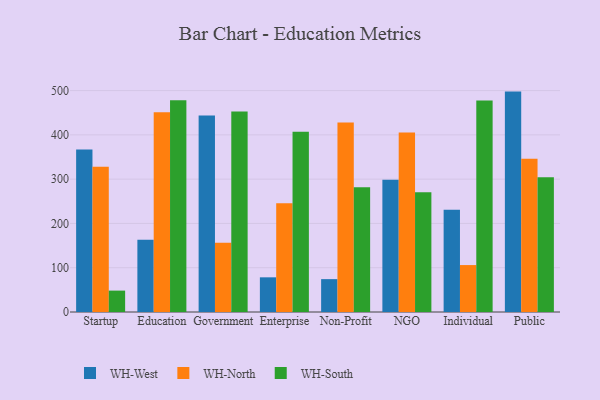
{"axis": {"x": "Segment", "y": "Shipments"}, "legend": ["WH-North", "WH-South", "WH-West"], "data": [{"x": "Startup", "y": 367.0, "type": "WH-West"}, {"x": "Startup", "y": 327.8, "type": "WH-North"}, {"x": "Startup", "y": 48.3, "type": "WH-South"}, {"x": "Education", "y": 162.9, "type": "WH-West"}, {"x": "Education", "y": 451.2, "type": "WH-North"}, {"x": "Education", "y": 478.2, "type": "WH-South"}, {"x": "Government", "y": 444.0, "type": "WH-West"}, {"x": "Government", "y": 156.5, "type": "WH-North"}, {"x": "Government", "y": 452.8, "type": "WH-South"}, {"x": "Enterprise", "y": 78.3, "type": "WH-West"}, {"x": "Enterprise", "y": 245.6, "type": "WH-North"}, {"x": "Enterprise", "y": 407.0, "type": "WH-South"}, {"x": "Non-Profit", "y": 74.2, "type": "WH-West"}, {"x": "Non-Profit", "y": 427.7, "type": "WH-North"}, {"x": "Non-Profit", "y": 281.5, "type": "WH-South"}, {"x": "NGO", "y": 298.6, "type": "WH-West"}, {"x": "NGO", "y": 405.6, "type": "WH-North"}, {"x": "NGO", "y": 270.4, "type": "WH-South"}, {"x": "Individual", "y": 230.7, "type": "WH-West"}, {"x": "Individual", "y": 106.0, "type": "WH-North"}, {"x": "Individual", "y": 477.4, "type": "WH-South"}, {"x": "Public", "y": 497.7, "type": "WH-West"}, {"x": "Public", "y": 346.3, "type": "WH-North"}, {"x": "Public", "y": 304.4, "type": "WH-South"}]}